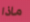
ماذا